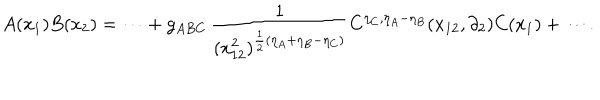
LaTeX: A ( x _ { 1 } ) B ( x _ { 2 } ) = \cdots + g _ { A B C } \, \frac { 1 } { ( x _ { 1 2 } ^ { 2 } ) ^ { \frac { 1 } { 2 } ( \eta _ { A } + \eta _ { B } - \eta _ { C } ) } } C ^ { \eta _ { C } , \eta _ { A } - \eta _ { B } } ( x _ { 1 2 } , \partial _ { 2 } ) C ( x _ { 1 } ) + \cdots { } .